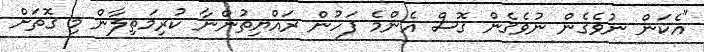
"އެކަން ނުވެގެން ނުވެގެން ގޮސް އެންމެ ފަހުން ރައްޔިތުންނާ ކުރިމަތިލާން މި ގޮތަށް